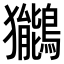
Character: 𫛖